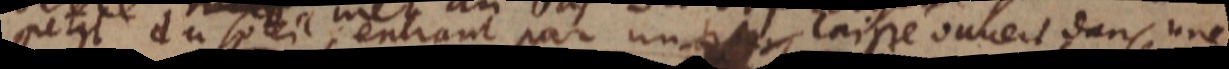
petit du soleil entrant par un trou laissé ouuert dans une